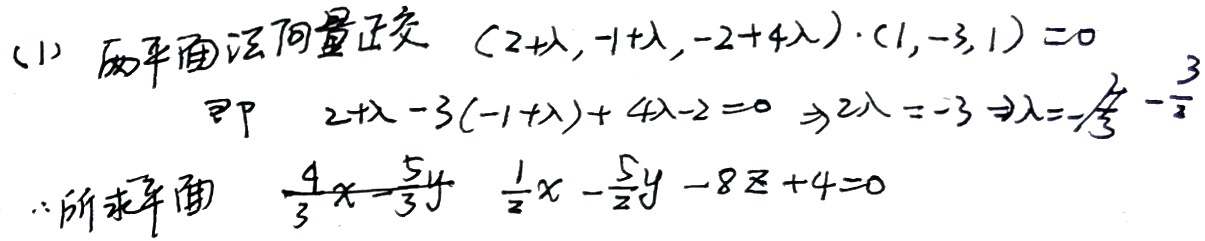
(1) 两平面法向量正交
$$(2 + \lambda,-1+\lambda,-2 + 4\lambda)\cdot(1,-3,1)=0$$
即
$$2+\lambda-3(-1+\lambda)+4\lambda - 2=0\Rightarrow2\lambda=-3\Rightarrow\lambda =-\frac{3}{2}$$
$\therefore$ 所求平面 $\frac{4}{3}x-\frac{5}{3}y\ \ \frac{1}{2}x-\frac{5}{2}y - 8z + 4 = 0$